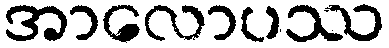
အာလောပဿ